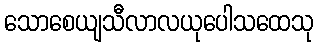
သောစေယျသီလာလယုပေါသထေသု